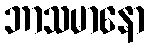
ဘာသမာနော